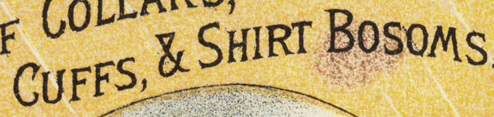
CUFFS, & SHIRT BOSOMS.